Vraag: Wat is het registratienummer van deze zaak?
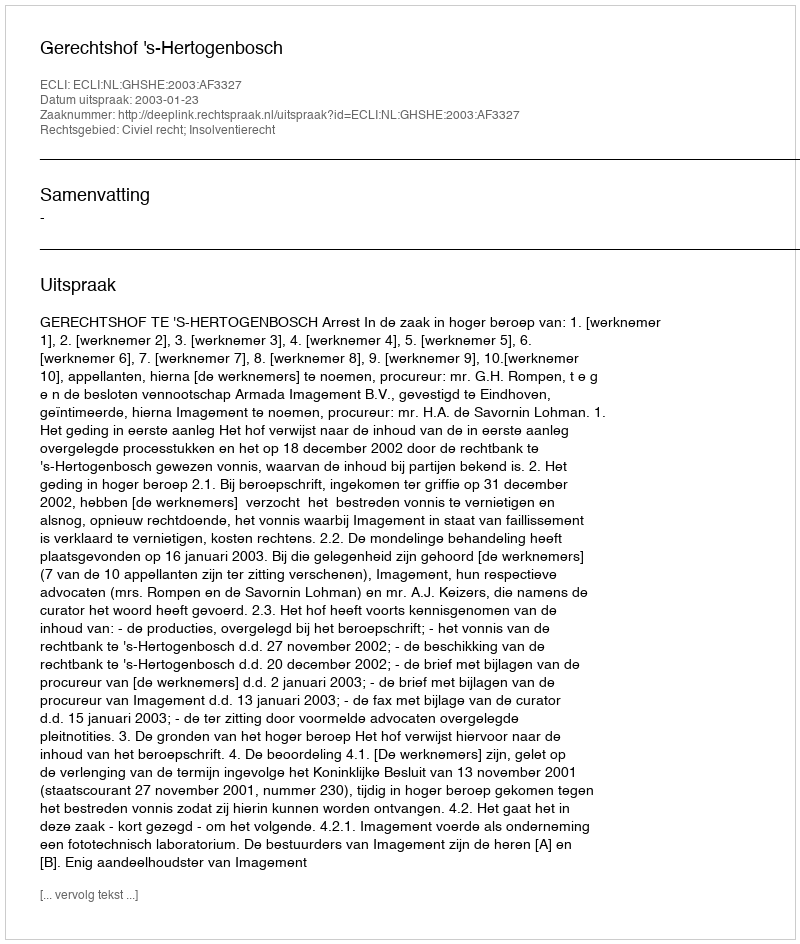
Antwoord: http://deeplink.rechtspraak.nl/uitspraak?id=ECLI:NL:GHSHE:2003:AF3327